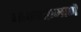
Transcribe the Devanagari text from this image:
माकडाप्रमाणे